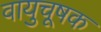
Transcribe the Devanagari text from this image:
वायुचूषक